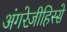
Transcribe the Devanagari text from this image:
अंगरेज़ीहिस्से